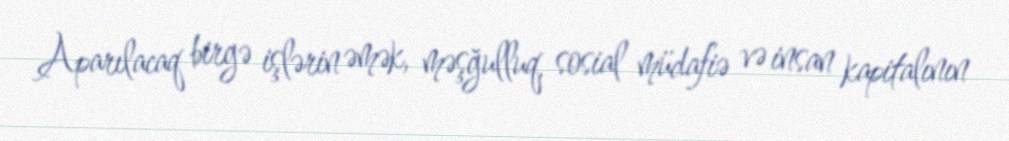
Aparılacaq birgə işlərin əmək, məşğulluq, sosial müdafiə və insan kapitalının